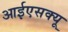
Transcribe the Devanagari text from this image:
आईएसक्यू